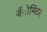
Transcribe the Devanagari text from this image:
नॅनोमिटर